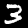
Digit: 3